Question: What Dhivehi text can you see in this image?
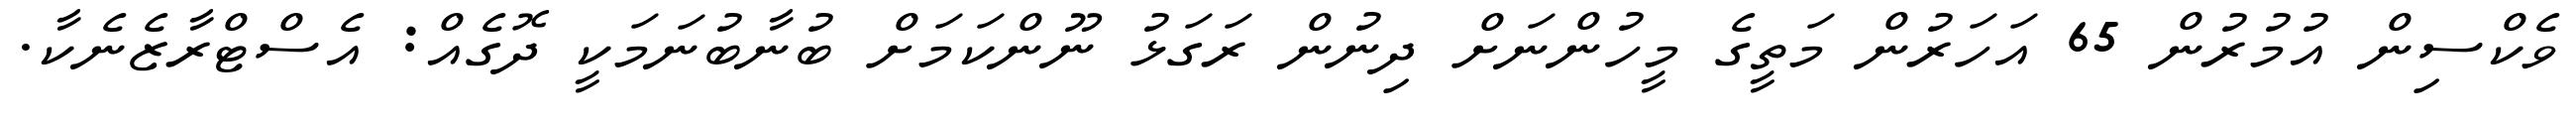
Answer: ވެކްސިން އުމުރުން 65 އަހަރުން މަތީގެ މީހުންނަށް ދިނުން ރަގަޅު ނޫންކަމަށް ބުނާބުނަމަކީ ދޮގެއް: އެސްޓްރާޒެނެކާ.